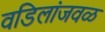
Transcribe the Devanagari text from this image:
वडिलांजवळ